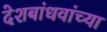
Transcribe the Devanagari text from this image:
देशबांधवांच्या